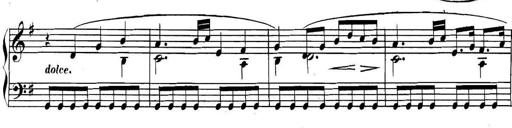
Title: Collected Piano Sonatas
Composer: Muzio Clementi